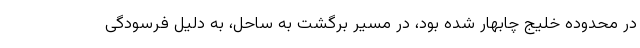
در محدوده خلیج چابهار شده بود، در مسیر برگشت به ساحل، به دلیل فرسودگی